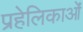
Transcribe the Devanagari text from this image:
प्रहेलिकाओं